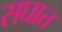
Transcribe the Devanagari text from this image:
सघात